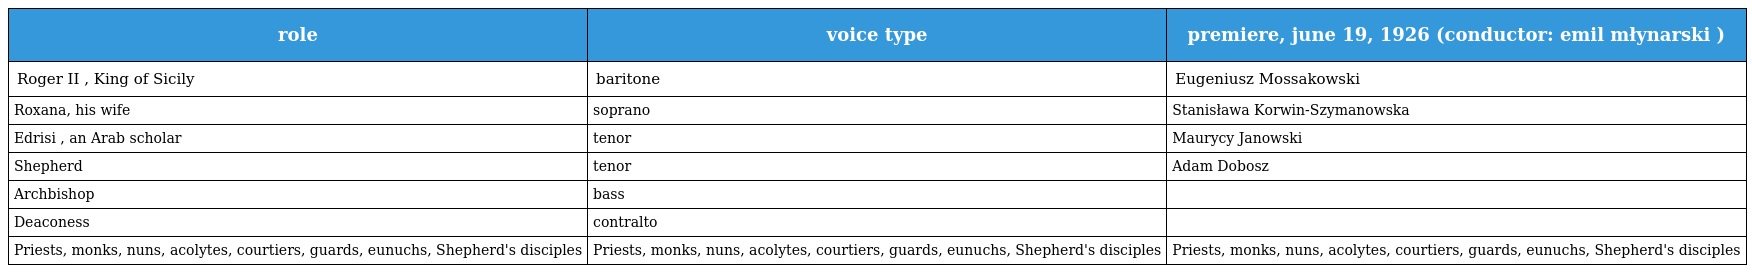
| role | voice type | premiere, june 19, 1926 (conductor: emil młynarski ) |
 | --- | --- | --- |
 | Roger II , King of Sicily | baritone | Eugeniusz Mossakowski |
 | Roxana, his wife | soprano | Stanisława Korwin-Szymanowska |
 | Edrisi , an Arab scholar | tenor | Maurycy Janowski |
 | Shepherd | tenor | Adam Dobosz |
 | Archbishop | bass |  |
 | Deaconess | contralto |  |
 | Priests, monks, nuns, acolytes, courtiers, guards, eunuchs, Shepherd's disciples | Priests, monks, nuns, acolytes, courtiers, guards, eunuchs, Shepherd's disciples | Priests, monks, nuns, acolytes, courtiers, guards, eunuchs, Shepherd's disciples |